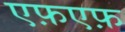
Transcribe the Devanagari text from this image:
एफ़एफ़